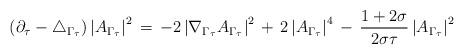
LaTeX: \begin{align*}\left(\partial_{\tau}-\triangle_{\Gamma_{\tau}}\right)\left|A_{\Gamma_{\tau}}\right|^{2}\,=\,-2\left|\nabla_{\Gamma_{\tau}}A_{\Gamma_{\tau}}\right|^{2}\,+\,2\left|A_{\Gamma_{\tau}}\right|^{4}\,-\,\frac{1+2\sigma}{2\sigma\tau}\left|A_{\Gamma_{\tau}}\right|^{2}\end{align*}